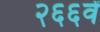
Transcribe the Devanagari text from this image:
२६६वें